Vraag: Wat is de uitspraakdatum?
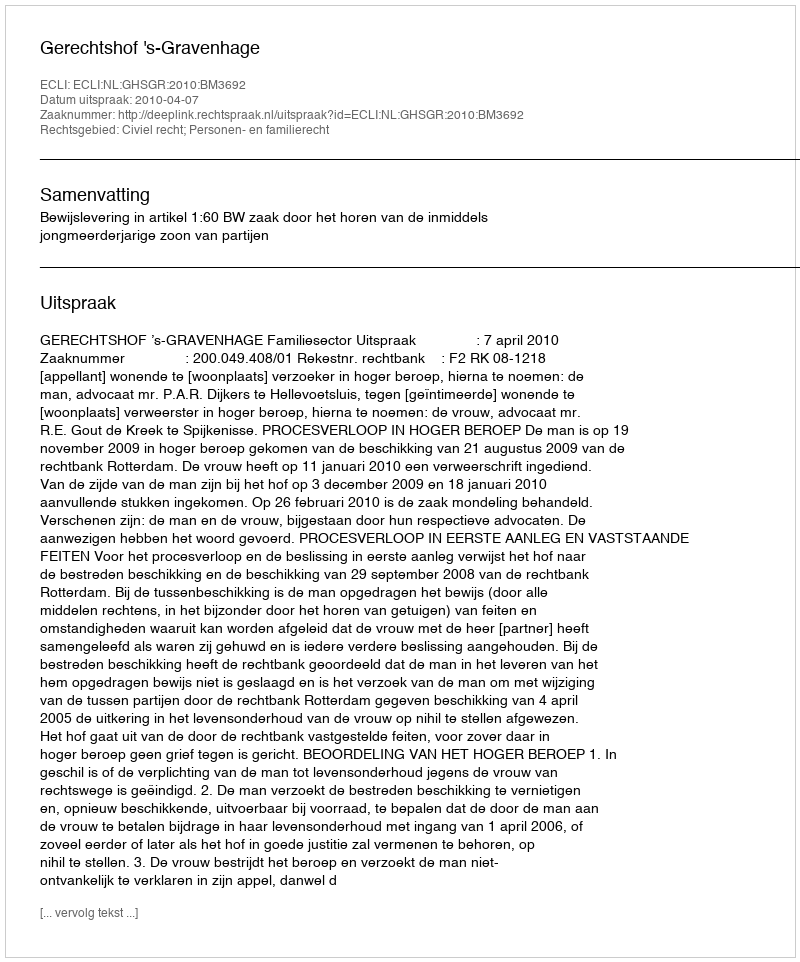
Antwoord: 2010-04-07